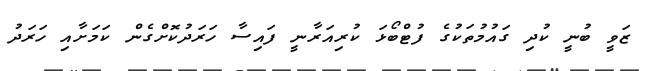
ޒަވީ ބުނީ ކުދި ގައުމުތަކުގެ ފުޓްބޯޅަ ކުރިއަރާނީ ފައިސާ ހަރަދުކޮށްގެން ކަމަށާއި ހަރަދު